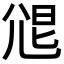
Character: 𡯧